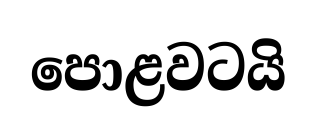
පොළවටයි